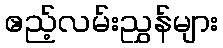
ဧည့်လမ်းညွှန်များ